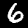
Digit: 6